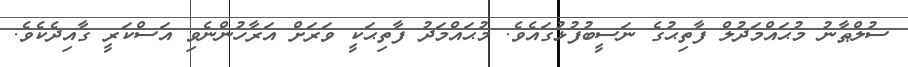
ސުލްޠާނު މުޙައްމަދުލް ފާތިޙުގެ ނަސީބުފުޅުގައެވެ. މުޙައްމަދު ފާތިޙަކީ ވަރަށް އަރާހުންނެވި އަސްކަރީ ގާއިދެކެވެ.